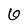
Character: 6